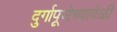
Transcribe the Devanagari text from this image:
दुर्गापूजेच्यावेळी